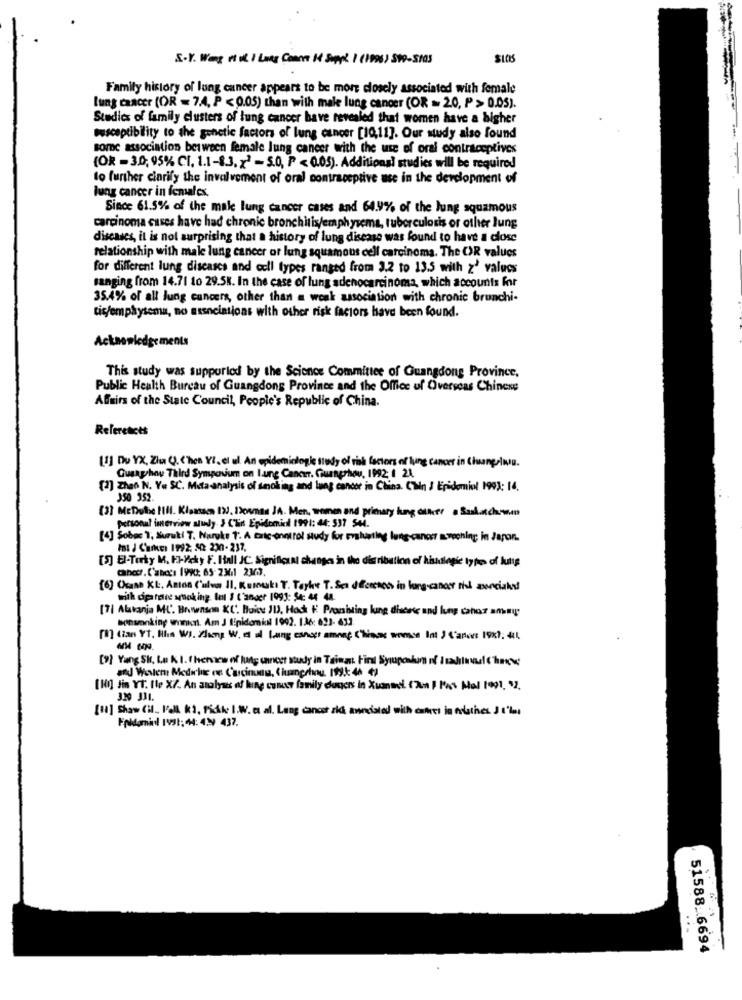
S.Y. Weg it ut I Long Conne 14 Suppl I (1996 ) 599-5103
Family history of lung cancer appears to be more closely associated with female
lung cancer (OR = 7.4, P < 0.05) than with male lung cancer (OR = 20, P > 0.05).
Studies of family clusters of lung cancer have revealed that women have a higher
susceptibility to the genetic factors of lung cancer [10,11]. Our study also found
some association between female lung cancer with the use of oral contraceptives
(OR -30, 95% CI. 1.1-8.3. x2 - 5.0, P < 0.05). Additional studies will be required
to further cinrify the involvement of oral contraceptive use in the development of
lung cancer in females.
Since 61.5% of the male lung cancer cases and 64.9% of the lung squamous
carcinoma cases have had chronic bronchitis/emphysema, tuberculosis or other lung
diseases, it is not surprising that a history of lung disease was found to have a close
relationship with male lung cancer or lung squamous cell carcinoma. The OR values
for different lung diseases and cell types ranged from 3.2 to 13.5 with z' values
ranging from 14.71 to 29.58. In the case of lung adenocarcinoma, which accounts for
35.4% of all lung cancers, other than a weak association with chronic brunchi-
tis/emphysema, no associations with other risk factors have been found.
Acknowledgements
This study was supported by the Science Committee of Guangdong Province,
Public Health Bureau of Guangdong Province and the Office of Overseas Chinese
Affairs of the State Council, People's Republic of China.
References
[1] Du YX, Ziu Q. Chen YI, el ul An epidemiologi study of risk factors of lung cancer in Ciuangeliu.
Guangzhou Third Symposium on I.ung Cancer. Guangzhou, 1992 1 21.
[2] Zhao N. Y. SC. Mista-analysis of smoking and lung cancer in China. Con I Epidemiol 1993: 14.
350 352.
[3] Metrotie PIIl. Klaassen 120. Bosman JA. Men, women and primary lung otter a Sulachman
personal isnerviow study. J Clin Epidemicil 1991: 44: 537 544.
[4] Sobec 1, Suruti T. Naruke t. A caric-onntrol study for evaluating lung cancer mmoching; in Japan.
Il J CarKEI 1992: 50: 230- 237.
[3] El-Torty M. Fl-cky F. Itall JC. Significual changes in the distribution of hiudlogic types of lutte
cancer. Cabo'ı 199: 65- 23.1 2363.
[6] Czane KL. Anton ('ulvw II, Kusouki T. Tayhe T. Sex dfcmeses in long-cancer rhl zweciak!
with dipatate smoking. Int 1 ('anger 1993: 54: 44 44.
[7] Alatanja ML. Bowenson XC. Buice 11), Hack # Pronisting lung chcete and lung canar amemy
bonsonking wrinkcrt. Am J LEpidomil 1992. 136: 623- 632.
[m] (ian YT, His WI. Slump W. a i Lang esnagr among Chinas somse Int ) Canoes 1920. 414
[9] Yang Sir, Le K 1. ( herview of lung cancer study in Taiwan Final Syrupcalun nf Isadilnul throw
[Hi] Jin YT. Ile X7. An analysis of king concer family dagers in Xuanani (7 ) Pas Mal 1991. "2.
329 331.
[11] Shaw (il. I'll k3, Fisk I.W. et al. Long danost sie aundsted with cates in ordines. J the
Fridamin! 1VS1; 44: 439 437.
51588. 6694